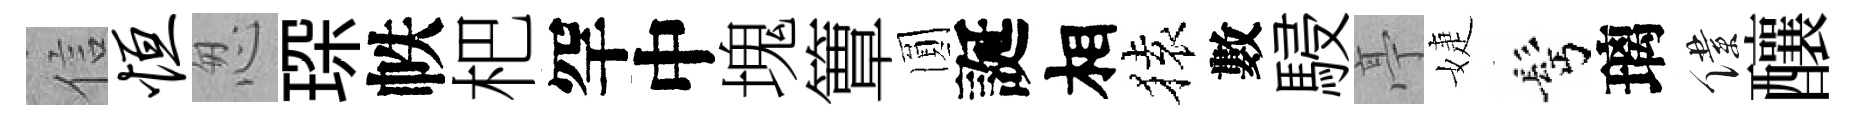
信恒怱琛帙杷罕中塊簟圎誕相𫞤數駸亭婕髩璃僕釀